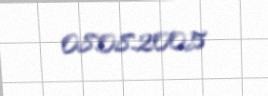
08.08.2005